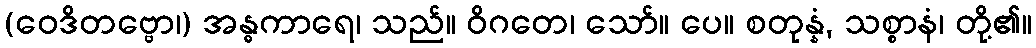
(ဝေဒိတဗ္ဗော၊) အန္ဓကာရေ၊ သည်။ ဝိဂတေ၊ သော်။ ပေ။ စတုန္နံ, သစ္စာနံ၊ တို့၏။